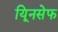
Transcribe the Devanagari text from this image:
यूिनसेफ